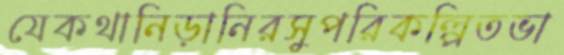
যেকথানিড়ানিরসুপরিকল্পিতভা